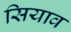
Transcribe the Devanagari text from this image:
सियाव